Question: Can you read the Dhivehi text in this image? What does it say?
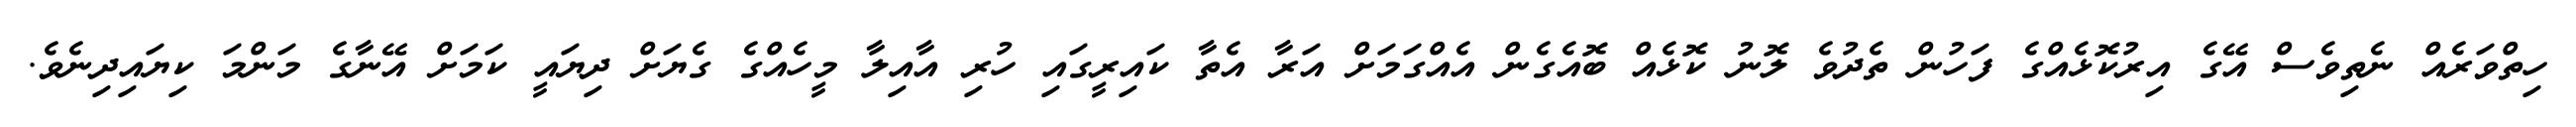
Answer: ހިތްވަރެއް ނެތިވެސް އޭގެ އިރުކޮޅެއްގެ ފަހުން ތެދުވެ ލޮނު ކޮޅެއް ބޮއެގެން އެއްގަމަށް އަރާ އެތާ ކައިރީގައި ހުރި އާއިލާ މީހެއްގެ ގެޔަށް ދިޔައީ ކަމަށް އޭނާގެ މަންމަ ކިޔައިދިނެވެ.